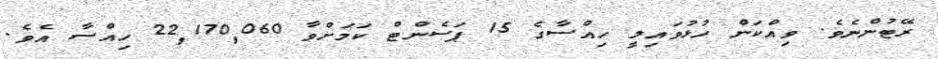
ރޭޓުންނެވެ. ވިއްކަން ހުޅުވައިލީ ހިއްސާގެ 15 ޕަސެންޓް ކަމަށްވާ 22